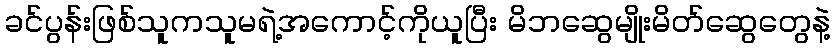
ခင်ပွန်းဖြစ်သူကသူမရဲ့အကောင့်ကိုယူပြီး မိဘဆွေမျိုးမိတ်ဆွေတွေနဲ့